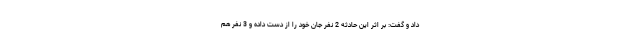
داد و گفت: بر اثر این حادثه 2 نفر جان خود را از دست داده و 3 نفر هم